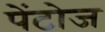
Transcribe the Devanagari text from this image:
पेंटोज